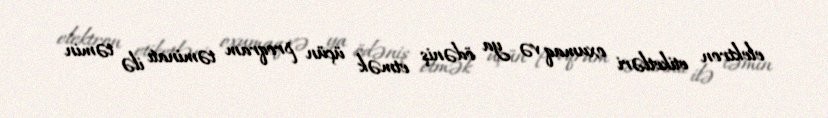
elektron etiketləri oxumaq və ya ödəniş etmək üçün proqram təminatı ilə təmin